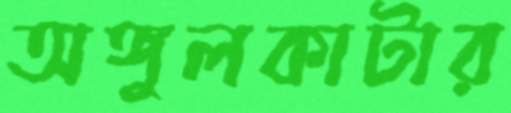
অঙ্গুলকাটার